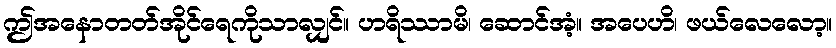
ဤအနောတတ်အိုင်ရေကိုသာလျှင်။ ဟရိဿာမိ၊ ဆောင်အံ့။ အပေဟိ၊ ဖယ်လေလော့။